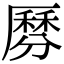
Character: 𠪺